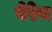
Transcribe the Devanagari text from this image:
वेरेन